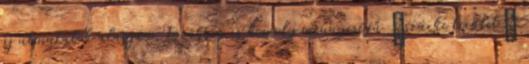
új útmutatók alapján, továbbra is komoly mennyiségű „szürke terület”